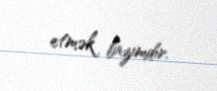
etmək lazımdır.